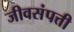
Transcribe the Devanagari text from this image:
जीवसंपत्ती